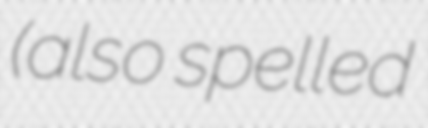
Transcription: (also spelled